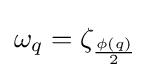
\omega _{q}=\zeta _{\frac {\phi (q)}{2}}